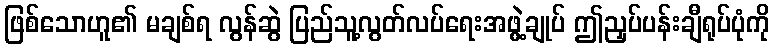
ဖြစ်သောဟူ၏ မချစ်ရ လွန်ဆွဲ ပြည်သူ့လွတ်လပ်ရေးအဖွဲ့ချုပ် ဤညှပ်ပန်းချီရုပ်ပုံကို